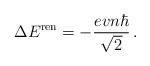
LaTeX: \begin{align*}\Delta E^{\rm ren}=-\frac{evn\hbar}{\sqrt{2}} \,.\end{align*}